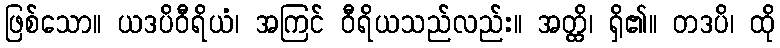
ဖြစ်သော။ ယဒပိဝီရိယံ၊ အကြင် ဝီရိယသည်လည်း။ အတ္ထိ၊ ရှိ၏။ တဒပိ၊ ထို